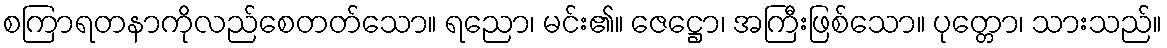
စကြာရတနာကိုလည်စေတတ်သော။ ရညော၊ မင်း၏။ ဇေဋ္ဌော၊ အကြီးဖြစ်သော။ ပုတ္တော၊ သားသည်။